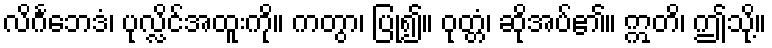
လိင်္ဂဘေဒံ၊ ပုလ္လိင်အထူးကို။ ကတွာ၊ ပြု၍။ ဝုတ္တံ၊ ဆိုအပ်၏။ ဣတိ၊ ဤသို့။